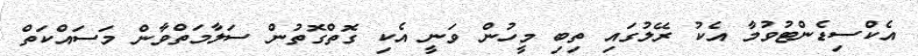
އެކްސިޑެންޓުވުމާ އެކު ރޭލުގައި ތިބި މީހުން ވަނީ އެކި ގޮތްގޮތުން ސަލާމަތްވާން މަސައްކަތް